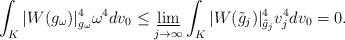
LaTeX: \begin{align*}\int_K |W(g_\omega)|^4_{g_{\omega}}\omega^4 dv_{0} \leq\varliminf_{j\to\infty}\int_K | W(\tilde g_j)|_{\tilde g_j}^4 v_j^4dv_0=0.\end{align*}